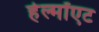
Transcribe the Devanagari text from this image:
हेल्मॉएट